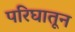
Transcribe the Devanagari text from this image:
परिघातून